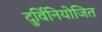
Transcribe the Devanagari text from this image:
दुर्विनियोजित